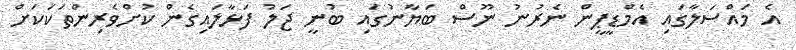
އެ މައްސަލާގައި އެމްޑީޕީން ނެރުނު ނޫސް ބަޔާނުގައި ބުނީ ޖަލު ފަޅާލައިގެން ކުށްވެރިންތަކަކަށް